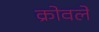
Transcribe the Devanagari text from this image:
क्रोवले